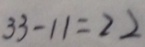
3 3 - 1 1 = 2 2